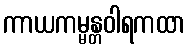
ကာယကမ္မန္တဝါရကထာ